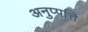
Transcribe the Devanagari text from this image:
अनुप्पत्ति